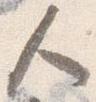
人